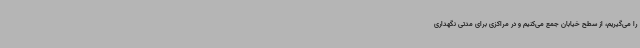
را می‌گیریم، از سطح خیابان جمع می‌کنیم و در مراکزی برای مدتی نگهداری